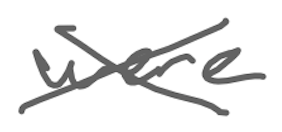
Text: were
Cross-out: cross
Writing tool: digital_gray